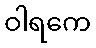
ဝါရကေ